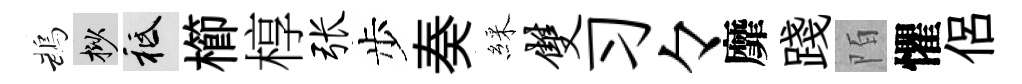
鵡挲祇櫛椁张步奏綵双习々靡踐陌懼侶